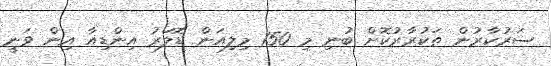
ސަރުކާރުން ތަކުރާރުކޮށް ބުނި މި 150 މިލިއަން ޑޮލަރު އިންޑިއާ އިން ވަނީ